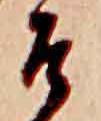
そ